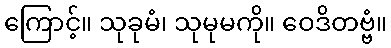
ကြောင့်။ သုခုမံ၊ သုမုမကို။ ဝေဒိတဗ္ဗံ။